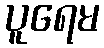
ပူရေမ